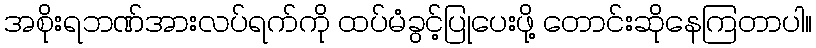
အစိုးရဘဏ်အားလပ်ရက်ကို ထပ်မံခွင့်ပြုပေးဖို့ တောင်းဆိုနေကြတာပါ။